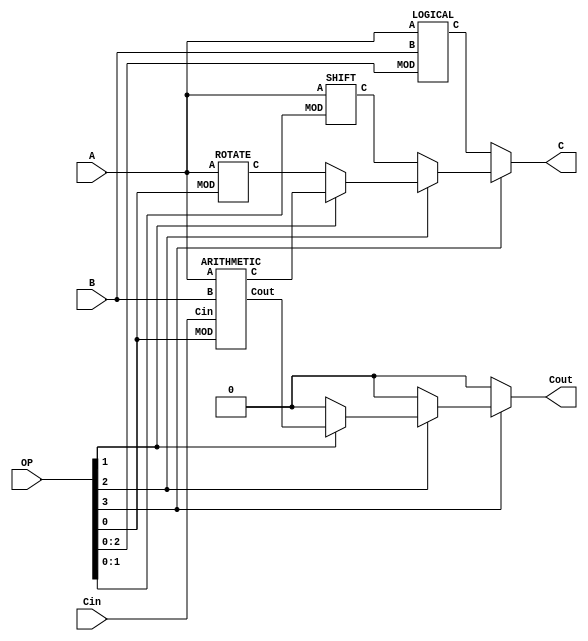
`timescale 1ns / 1ps
//////////////////////////////////////////////////////////////////////////////////
// Company: SNU
// 
// Design Name: ALU for Computer Organization Class.
// Module Name: ALU
// Project Name: Project1 ALU
// Target Devices: Vivado Simulation
// Tool Versions: 
// Description: 
// 
// Dependencies: 
// 
// Revision:
// Revision 0.01 - File Created
// Additional Comments:
// 
//////////////////////////////////////////////////////////////////////////////////


module ALU(
    /* Main module of ALU.v */
    input [15:0] A,
    input [15:0] B,
    input Cin,
    input [3:0] OP,
    output [15:0] C,
    output Cout
    );
    
    // Wire for each operation type.
    wire [15:0] AR, RO, SH, LO;
    // Wire for carry out.
    wire ARC;

    // Arithmetic Operations(OP_ADD, OP_SUB)
    ARITHMETIC ar(
        .A(A),
        .B(B),
        .Cin(Cin),
        .MOD(OP[0:0]),
        .C(AR),
        .Cout(ARC)
    );

    // Rotate operations (OP_RL, OP_RR)
    ROTATE ro(
        .A(A),
        .MOD(OP[0:0]),
        .C(RO)
    );

    // Shift operations (OP_LRS, OP_ARS, OP_LLS, OP_ALS)
    SHIFT sh(
        .A(A),
        .MOD(OP[1:0]),
        .C(SH)
    );

    // Logical operations (OP_ID, OP_NAND, OP_NOR, OP_XNOR, OP_NOT, OP_AND, OP_OR, OP_XOR)
    LOGICAL lo(
        .A(A),
        .B(B),
        .MOD(OP[2:0]),
        .C(LO)
    );

    // assign output port according to OPCODE
    assign C = OP[3:3] ? (OP[2:2] ? (OP[1:1] ? AR : RO) : SH) : LO;
    // assign carry out port according to OPCODE
    assign Cout = OP[3:3] ? (OP[2:2] ? (OP[1:1] ? ARC : 1'b0) : 1'b0) : 1'b0;

endmodule


module ARITHMETIC(
    input signed [15:0] A,
    input signed [15:0] B,
    input Cin,
    input MOD,
    output [15:0] C,
    output Cout
);
    /* Module for arrithmetic operations. (OP_ADD, OP_SUB)
    INPUT:
        A   : (signed wire)     [16]    first operand
        B   : (signed wire)     [16]    second operand
        Cin : (unsigned wire)   [1]     carry in
        MOD : (unsigned wire)   [1]     decoded opcode
            0   : OP_ADD
            1   : OP_SUB
    
    OUTPUT:
        C   : [16]    output
        Cout: [1]     carry out
            - 0 : normal operation
            - 1 : overflow or underflow while sequencial operation
    */

    // Cin bit extend to 16bit signed number
    wire signed [15:0] Cin_W;
    assign Cin_W = {15'b000000000000000, Cin};

    // output of add and sub
    wire [15:0] ADO, SUBO;
    // carry out of add and sub
    wire ADC, SUBC;

    // add operation submodule
    ADDER adder1(
        .A(A),
        .B(B),
        .CI(Cin_W),
        .CO(ADO),
        .CRO(ADC)
    );

    // sub operation submodule
    SUBTER subter(
        .A(A),
        .B(B),
        .CI(Cin_W),
        .CO(SUBO),
        .CRO(SUBC)
    );

    // assign output according to MOD
    assign C = MOD ? SUBO : ADO;
    // assign carry out according to MOD
    assign Cout = MOD ? SUBC : ADC;

endmodule

module ADDER(
    input signed [15:0] A,
    input signed [15:0] B,
    input signed [15:0] CI,
    output [15:0] CO,
    output CRO
);
    /* Module for add. (OP_ADD)
    INPUT:
        A   : (signed wire)     [16]    first operand
        B   : (signed wire)     [16]    second operand
        CI  : (signed wire)     [16]    carry in
    
    OUTPUT:
        CO   : [16]     output
        CRO  : [1]      carry out
            - 0 : normal operation
            - 1 : overflow
    */

    // carry out wire for two operations
    wire cr1, cr2;

    // first add
    wire signed [15:0] TEMP;
    assign TEMP = A + B;

    // second add, and assign output
    assign CO = TEMP + CI;

    // first add's overflow detection
    OVFESTIMATOR ovf1(
        .A(A),
        .B(B),
        .Cout(cr1)
    );
    // second add's overflow detection
    OVFESTIMATOR ovf2(
        .A(TEMP),
        .B(CI),
        .Cout(cr2)
    );
    // assign overflow
    assign CRO = cr1 | cr2;
endmodule

module SUBTER(
    input signed [15:0] A,
    input signed [15:0] B,
    input signed [15:0] CI,
    output [15:0] CO,
    output CRO
);
    /* Module for sub. (OP_SUB)
    INPUT:
        A   : (signed wire)     [16]    first operand
        B   : (signed wire)     [16]    second operand
        CI  : (signed wire)     [16]    carry in
    
    OUTPUT:
        CO   : [16]     output
        CRO  : [1]      carry out
            - 0 : normal operation
            - 1 : underflow
    */

    // carry out wire for two operations
    wire cr1, cr2;

    // first sub
    wire signed [15:0] TEMP;
    assign TEMP = A - B;

    // second sub and assign output
    assign CO = TEMP - CI;
    
    // first sub's underflow detection
    SUBOVFESTIMATOR subovf1(
        .A(A),
        .B(B),
        .Cout(cr1)
    );
    // second sub's underflow detection
    SUBOVFESTIMATOR subovf2(
        .A(TEMP),
        .B(CI),
        .Cout(cr2)
    );
    // assign underflow
    assign CRO = cr1 | cr2;

endmodule

module OVFESTIMATOR(
    input [15:0] A,
    input [15:0] B,
    output Cout
);
    /* Module for overflow check.
    INPUT:
        A   : (unsigned wire)     [16]    first operand
        B   : (unsigned wire)     [16]    second operand
    
    OUTPUT:
        Cout: [1]      carry out
            - 0 : normal operation
            - 1 : overflow
    */
    // 17bit unsigned wire
    wire [16:0] EST;
    assign EST = {1'b0, A} + {1'b0, B};
    // if MSB of EST is 1, overflow!
    assign Cout = EST[16:16];

endmodule

module SUBOVFESTIMATOR(
    input [15:0] A,
    input [15:0] B,
    output Cout
);
    /* Module for underflow check.
    INPUT:
        A   : (unsigned wire)     [16]    first operand
        B   : (unsigned wire)     [16]    second operand
    
    OUTPUT:
        Cout: [1]      carry out
            - 0 : normal operation
            - 1 : underflow
    */
    // 17bit unsigned wire
    wire [16:0] EST;
    // left operand's MSB should be 1
    assign EST = {1'b1, A} - {1'b0, B};
    // if MSB of EST is not 1, underflow!
    assign Cout = ~EST[16:16];

endmodule

module ROTATE(
    input [15:0] A,
    input MOD,
    output [15:0] C
);
    /* Module for rotate operations. (OP_RL, OP_RR)
    INPUT:
        A   : (unsigned wire)     [16]      first operand
        MOD : (unsigned wire)     [1]       decoded opcode
            0     : left rotate    (OP_RL)
            1     : right rotate   (OP_RR)
    OUTPUT:
        C   : [16]      output
    */

    // change LSB to MSB or MSB to LSB
    assign C = MOD ? {A[0:0], A[15:1]} : {A[14:0], A[15:15]};

endmodule

module SHIFT(
    input signed [15:0] A,
    input [1:0] MOD,
    output [15:0] C
);
    /* Module for shift operations. (OP_LRS, OP_ARS, OP_LLS, OP_ALS)
    INPUT:
        A   : (unsigned wire)     [16]      first operand
        MOD : (unsigned wire)     [2]       decoded opcode
            00      : OP_LLS
            01      : OP_ALS
            10      : OP_LRS
            11      : OP_ARS

            - MOD[1:1]      : 0 for left,     1 for right
            - MOD[0:0]      : 0 for unsigned, 1 for signed
    OUTPUT:
        C   : [16]      output
    */

    // logical or arithmetical shift according to MOD
    assign C = MOD[0:0] ? (MOD[1:1] ? A >>> 1 : A <<< 1) : (MOD[1:1] ? A >> 1 : A << 1 );

endmodule

module LOGICAL(
    input [15:0] A,
    input [15:0] B,
    input [2:0] MOD,
    output [15:0] C 
);
    /* Module for shift operations. (OP_LRS, OP_ARS, OP_LLS, OP_ALS)
    INPUT:
        A   : (unsigned wire)     [16]      first operand
        B   : (unsigned wire)     [16]      second operand
        MOD : (unsigned wire)     [3]       decoded opcode
            000      : OP_AND
            001      : OP_OR
            010      : OP_ID
            011      : OP_XOR
            100      : OP_NAND
            101      : OP_NOR
            110      : OP_NOT
            111      : OP_XNOR

            - MOD[2:2]      : 0 for normal output,     1 for negated output
            - MOD[1:0]      : 
                            00      : AND
                            01      : OR
                            10      : IDENT
                            11      : XOR
    OUTPUT:
        C   : [16]      output
    */

    // Do each operations
    wire [15:0] AND;
    wire [15:0] OR;
    wire [15:0] IDENT;
    wire [15:0] XOR;
    assign AND = A & B;
    assign OR = A | B;
    assign IDENT = A;
    assign XOR = A ^ B;

    // wire to solve bit size mismatching problem when negating
    wire [15:0] MID;

    // mux submodule to coose operations
    MUX4 mx4(
        .a(AND),
        .b(OR),
        .c(IDENT),
        .d(XOR),
        .sel(MOD[1:0]),
        .out(MID)
    );

    // decide negate the value or not according to MOD[2:2] and assign to output
    assign C = MOD[2:2] ? MID^16'b1111111111111111 : MID^'b0000000000000000;

endmodule

module MUX4 ( 
    input [15:0] a,    
    input [15:0] b,    
    input [15:0] c,    
    input [15:0] d,    
    input [1:0] sel,  
    output [15:0] out
);
    /* 4 to 1 MUX
    INPUT:
        A   : (unsigned wire)   [16]    option
        B   : (unsigned wire)   [16]    option
        C   : (unsigned wire)   [16]    option
        D   : (unsigned wire)   [16]    option
        sel : (unsigned wire)   [2]     select
    
    OUTPUT:
        out : [16]    output chosen
    */

    // 4:1 MUX
    assign out = sel[1] ? (sel[0] ? d : c) : (sel[0] ? b : a); 
 
endmodule